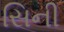
સિની